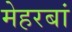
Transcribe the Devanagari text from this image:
मेहरबां